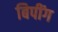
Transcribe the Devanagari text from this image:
बिपींग